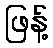
ဖြန့်